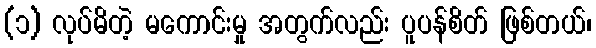
(၁) လုပ်မိတဲ့ မကောင်းမှု အတွက်လည်း ပူပန်စိတ် ဖြစ်တယ်၊